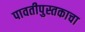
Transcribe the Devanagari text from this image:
पावतीपुस्तकाचा